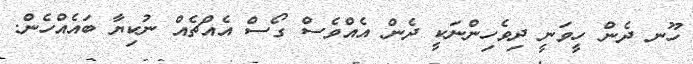
ހޫނ ދެން ހީވަނީ ދިވެހިންނަކީ ދެން އެއްވެސް ގޯސް އެއްޗެއް ނުކިޔާ ބައެއްހެން.